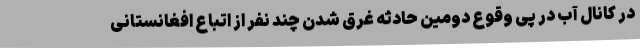
در کانال آب در پی وقوع دومین حادثه غرق شدن چند نفر از اتباع افغانستانی